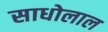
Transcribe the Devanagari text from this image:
साधोलाल